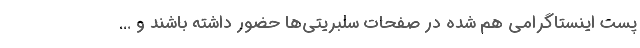
پست اینستاگرامی هم شده در صفحات سلبریتی‌ها حضور داشته باشند و ...